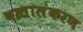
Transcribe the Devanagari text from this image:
वज्रालंकरण